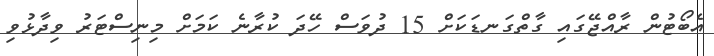
އެބޯޓުން ރާއްޖޭގައި ގާތްގަނޑަކަށް 15 ދުވަސް ހޭދަ ކުރާނެ ކަމަށް މިނިސްޓަރު ވިދާޅުވި